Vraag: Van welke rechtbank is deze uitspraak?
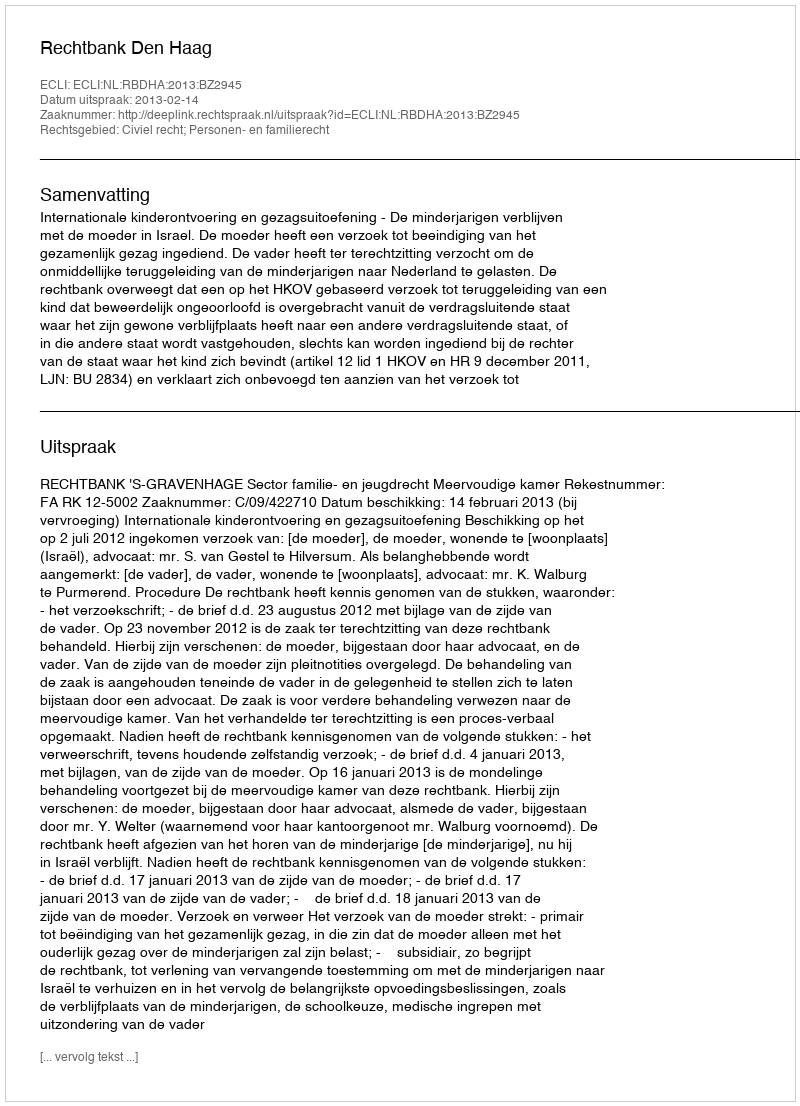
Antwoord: Rechtbank Den Haag